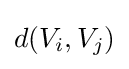
d(V_{i},V_{j})